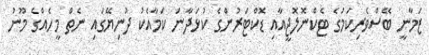
ޒަމާނީ ބޭސްވެރިކަމުގެ ޓެކްނޮލޮޖީއާއި ޑޮކްޓަރުންގެ ކުޅަދާނަ ކަމާއެކު ދުނިޔޭގައި ނެތް މީހެއްގެ މޫނު